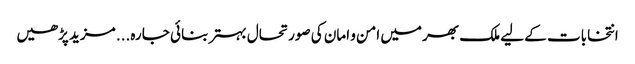
انتخابات کے لیے ملک بھر میں امن و امان کی صورتحال بہتر بنائی جا رہ... مزید پڑھیں